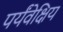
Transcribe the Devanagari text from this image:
पर्यंवेक्षिय